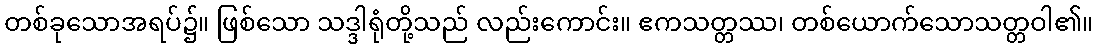
တစ်ခုသောအရပ်၌။ ဖြစ်သော သဒ္ဒါရုံတို့သည် လည်းကောင်း။ ဧကသတ္တဿ၊ တစ်ယောက်သောသတ္တဝါ၏။